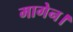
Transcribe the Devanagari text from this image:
मागेन।